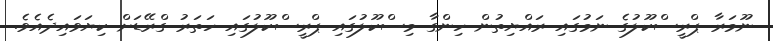
ނޫމަރާ ޕްރީސްކޫލުގެ ނަމުގައި ރައްޔިތުން ހިންގާ މިސްކޫލުގައި ޕްރީސްކޫލުގައި ހަތަރު ގްރޭޑަށް ކިޔަވައިދެއެވެ.